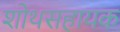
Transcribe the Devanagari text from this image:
शोथसहायक